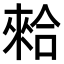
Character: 𠎙